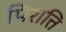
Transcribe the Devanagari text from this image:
पिरात्ति